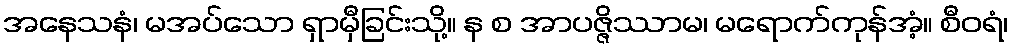
အနေသနံ၊ မအပ်သော ရှာမှီခြင်းသို့။ န စ အာပဇ္ဇိဿာမ၊ မရောက်ကုန်အံ့။ စီဝရံ၊